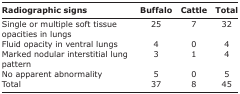
| Radiographic signs | Buffalo | Cattle | Total |
 | --- | --- | --- | --- |
 | Single or multiple soft tissue opacities in lungs | 25 | 7 | 32 |
 | Fluid opacity in ventral lungs | 4 | 0 | 4 |
 | Marked nodular interstitial lung pattern | 3 | 1 | 4 |
 | No apparent abnormality | 5 | 0 | 5 |
 | Total | 37 | 8 | 45 |